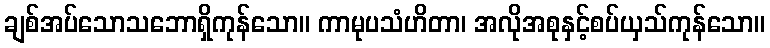
ချစ်အပ်သောသဘောရှိကုန်သော။ ကာမုပသံဟိတာ၊ အလိုအစုနှင့်စပ်ယှသ်ကုန်သော။